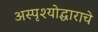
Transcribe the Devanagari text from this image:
अस्पृश्योद्धाराचे